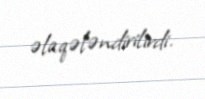
əlaqələndirilirdi.